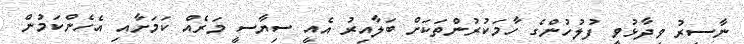
ނާސިރު ވިދާޅުވީ ފުލުހުންގެ ހާމަކުރުންތަކަށް ބަލާއިރު އެއީ ސިޔާސީ މަރެއް ކަމަށާއި އެހެންކަމުން